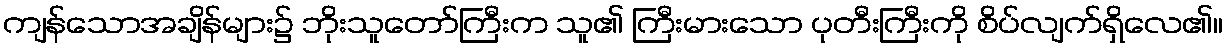
ကျန်သောအချိန်များ၌ ဘိုးသူတော်ကြီးက သူ၏ ကြီးမားသော ပုတီးကြီးကို စိပ်လျက်ရှိလေ၏။